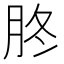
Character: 𦙭